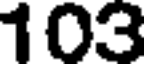
103